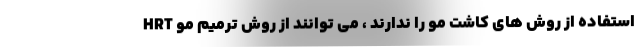
استفاده از روش های کاشت مو را ندارند ، می توانند از روش ترمیم مو HRT